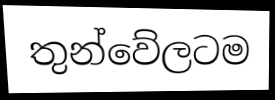
තුන්වේලටම